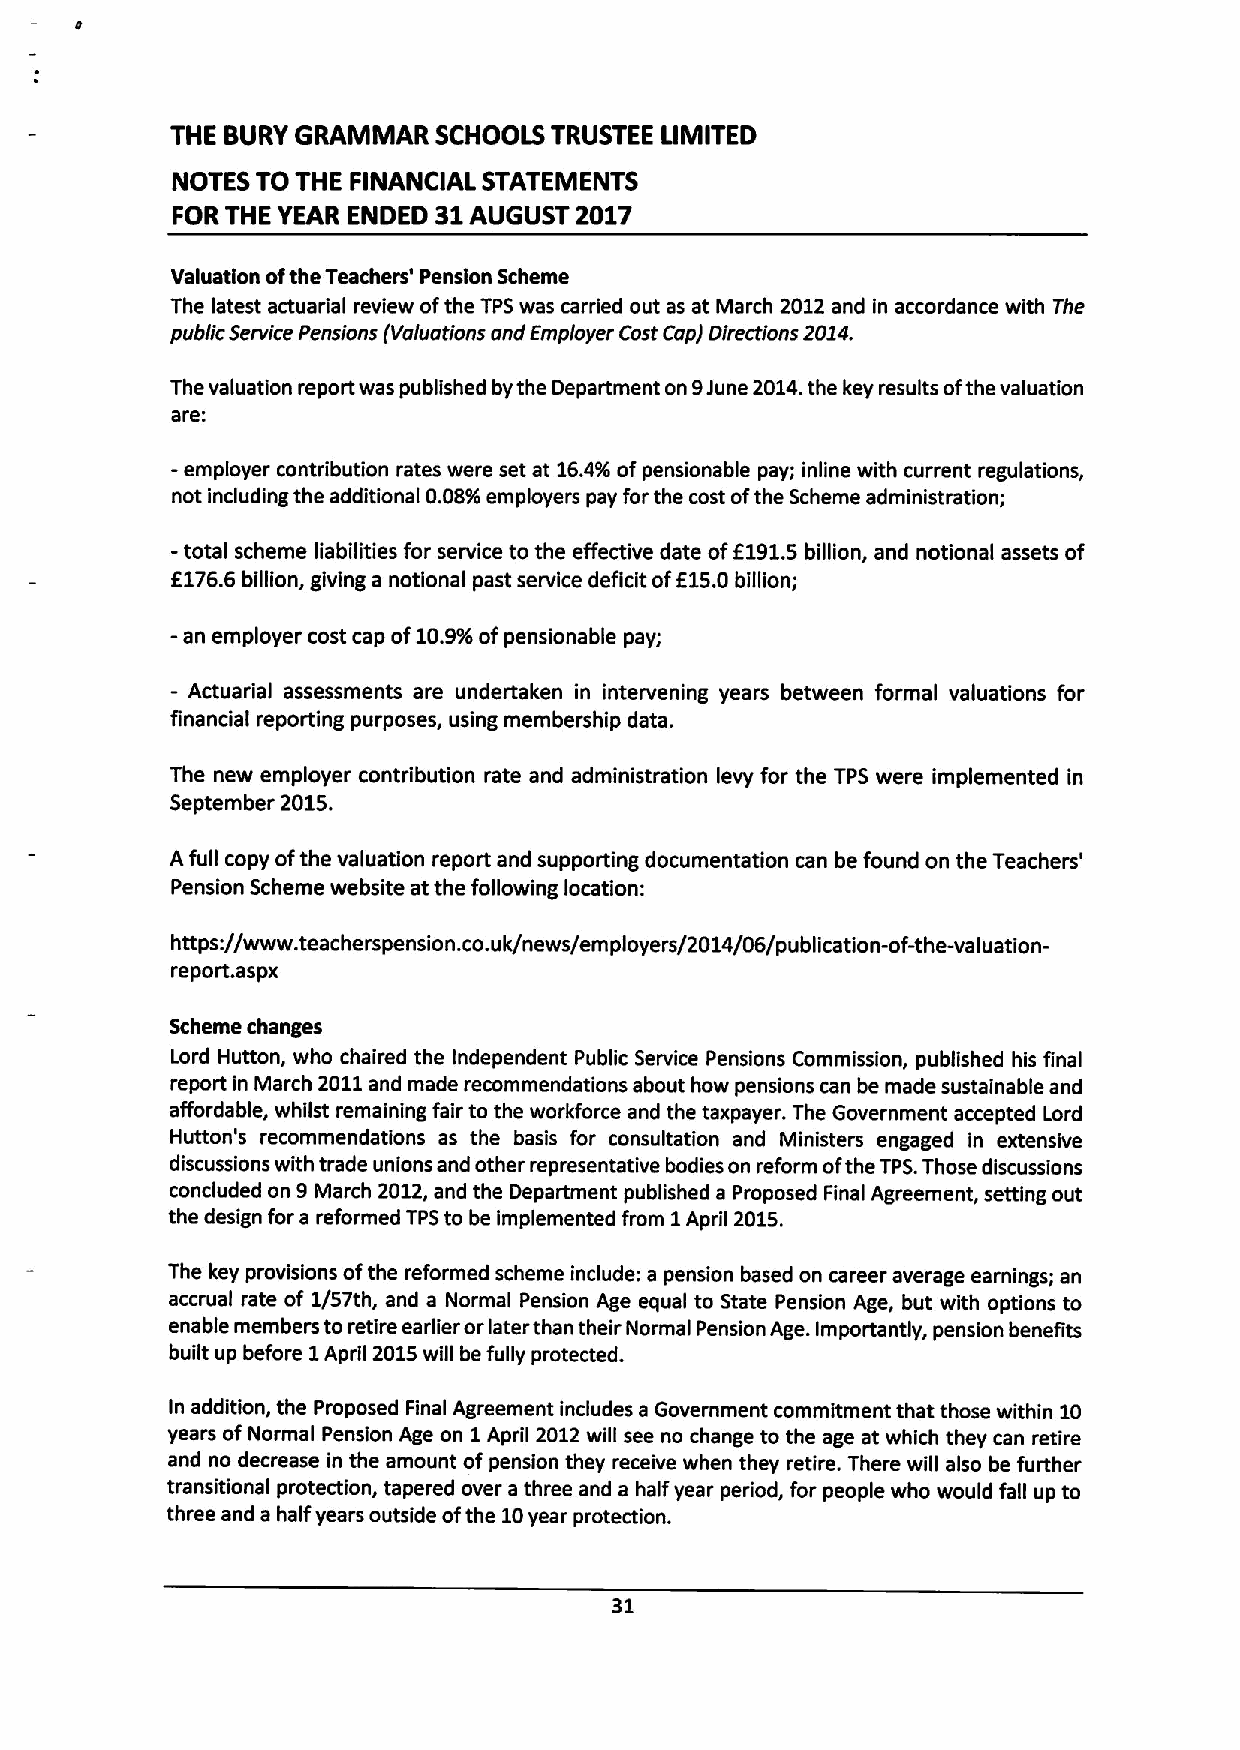
THE BURY GRAMMAR  SCHOOLS TRUSTEE LIMITED
 NOTES TO THE FINANCIAL STATEMENTS
 FOR THE YEAR ENDED $1AUGUST 2017
 Valuation ofthe Teachers' Pension Scheme
 The latest actuadial review ofthe TPSwas carried out as at March 2012and in accordance with The
 public Service Pensions (Iraluations and Employer Cost Cap/ Directions 2014.
 The valuation report was published bythe Department on 9June 2014.the key results ofthe valuation
 are:
 - employer contribution rates were set at 16.4%ofpensionable pay; inline with current regulations,
 not including the additional 0.08%employers pay for the cost ofthe Scheme administration;
 - total scheme liabilities for service to the effective date of6191.5 billion, and notional assets of
 6176.6 billion, giving a notional past service deficit of615.0billion;
 - an employer cost cap of10.9%ofpensionable pay;
 -
 Actuaffial assessments are undertaken in intervening years between formal valuations for
 financial reporting purposes, using membership data.
 The new employer contffibution rate and administration levy for the TPS were implemented in
 September 2015.
 Afull copy ofthe valuation report and supporting documentation can be found on the Teachers'
 Pension Scheme website at the following location:
 https://www. teacherspension. co.uk/news/employers/2014/06/publication-of-the-valuation-
 report.aspx
 Scheme changes
 Lord Hutton, who chaired the Independent Public Service Pensions Commission, published his final
 report in March 2011and made recommendations about how pensions can be made sustainable and
 affordable, whilst remaining fair to the workforce and the taxpayer. The Government accepted Lord
 Hutton's recommendations as the basis for consultation and Ministers engaged in extensive
 discussions with trade unions and other representative bodies on reform ofthe TPS.Those discussions
 concluded on 9March 2012,and the Department published a Proposed Final Agreement, setting out
 the design for a reformed TPSto be implemented from 1April 2015.
 The key provisions ofthe reformed scheme include: a pension based on career average earnings; an
 accrual rate of 1/57th, and a Normal Pension Age equal to State Pension Age, but with options to
 enable members toretire earlier orlater than their Normal Pension Age. Importantly, pension benefits
 built up before 1 April 2015will be fully protected.
 In addition, the Proposed Final Agreement includes a Government commitment that those within 10
 years of Normal Pension Age on 1 April 2012will see no change to the age at which they can retire
 and no decrease in the amount of pension they receive when they retire. There will also be further
 transitional protection, tapered over a three and a half year period, for people who would fall up to
 three and a half years outside ofthe 10year protection.
 31